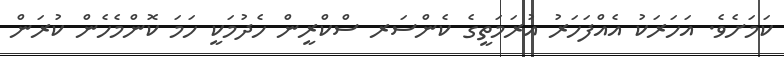
ކަމަށެވެ. އަހަރަކު އެއްފަހަރު އުރަމަތީގެ ކެންސަރ ސްކްރީން ހެދުމަކީ ހަމަ ކޮންމެހެން ކުރަން